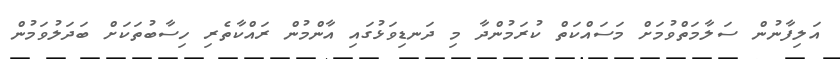
އަލިފާނުން ސަލާމަތްވުމަށް މަސައްކަތް ކުރަމުންދާ މި ދަނޑިވަޅުގައި އާންމުން ރައްކާތެރި ހިސާބުތަކަށް ބަދަލުވަމުން